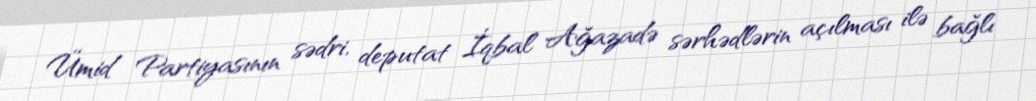
Ümid Partiyasının sədri, deputat İqbal Ağazadə sərhədlərin açılması ilə bağlı